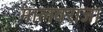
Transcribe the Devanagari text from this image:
मालवराजा